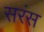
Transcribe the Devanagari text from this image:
सरंस